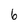
Character: 6